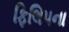
ફિલિપના